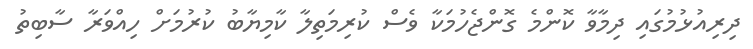
ދިރިއުޅުމުގައި ދިމާވާ ކޮންމެ ގޮންޖެހުމަކާ ވެސް ކުރިމަތިލާ ކާމިޔާބު ކުރުމަށް ހިއްވަރާ ސާބިތު